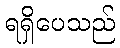
ရရှိပေသည်